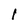
Character: l